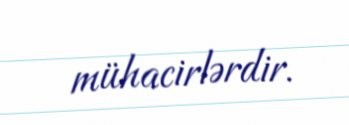
mühacirlərdir.